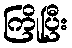
ကြိုပြီး